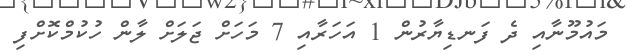
މައުމޫނާއި ދެ ފަނޑިޔާރުން 1 އަހަރާއި 7 މަހަށް ޖަލަށް ލާން ހުކުމްކޮށްފި